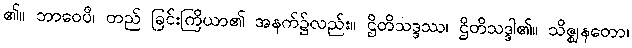
၏။ ဘာဝေပိ၊ တည် ခြင်းကြိယာ၏ အနက်၌လည်း။ ဌိတိသဒ္ဒဿ၊ ဌိတိသဒ္ဒါ၏။ သိဇ္ဈနတော၊